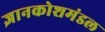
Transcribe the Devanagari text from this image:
ज्ञानकोशमंडल